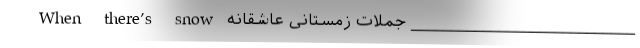
____________________________ جملات زمستانی عاشقانه When there’s snow